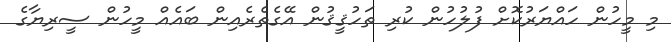
މި މީހުން ހައްޔަރުކޮށް ފުލުހުން ކުރި ތަހުޤީޤުން އޭގެތެރެއިން ބައެއް މީހުން ސީރިޔާގެ